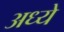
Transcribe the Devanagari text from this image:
अध्ये